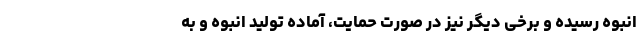
انبوه رسیده و برخی دیگر نیز در صورت حمایت، آماده تولید انبوه و به